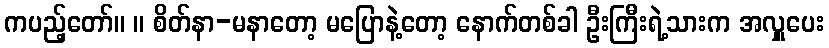
ကပည့်တော်။ ။ စိတ်နာ-မနာတော့ မပြောနဲ့တော့ နောက်တစ်ခါ ဦးကြီးရဲ့သားက အလှူပေး